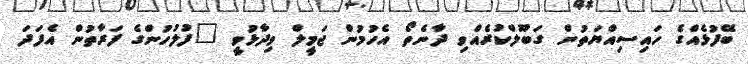
ބޭފުޅެއްގެ ހައިސިއްޔަތުން ގަބޫލްކުރެއްވި ދާނެތޯ އެހުމުން ޖަމީލް ވިދާޅުވީ "ފުލުހުންގެ ފަރާތުން އެފަދަ